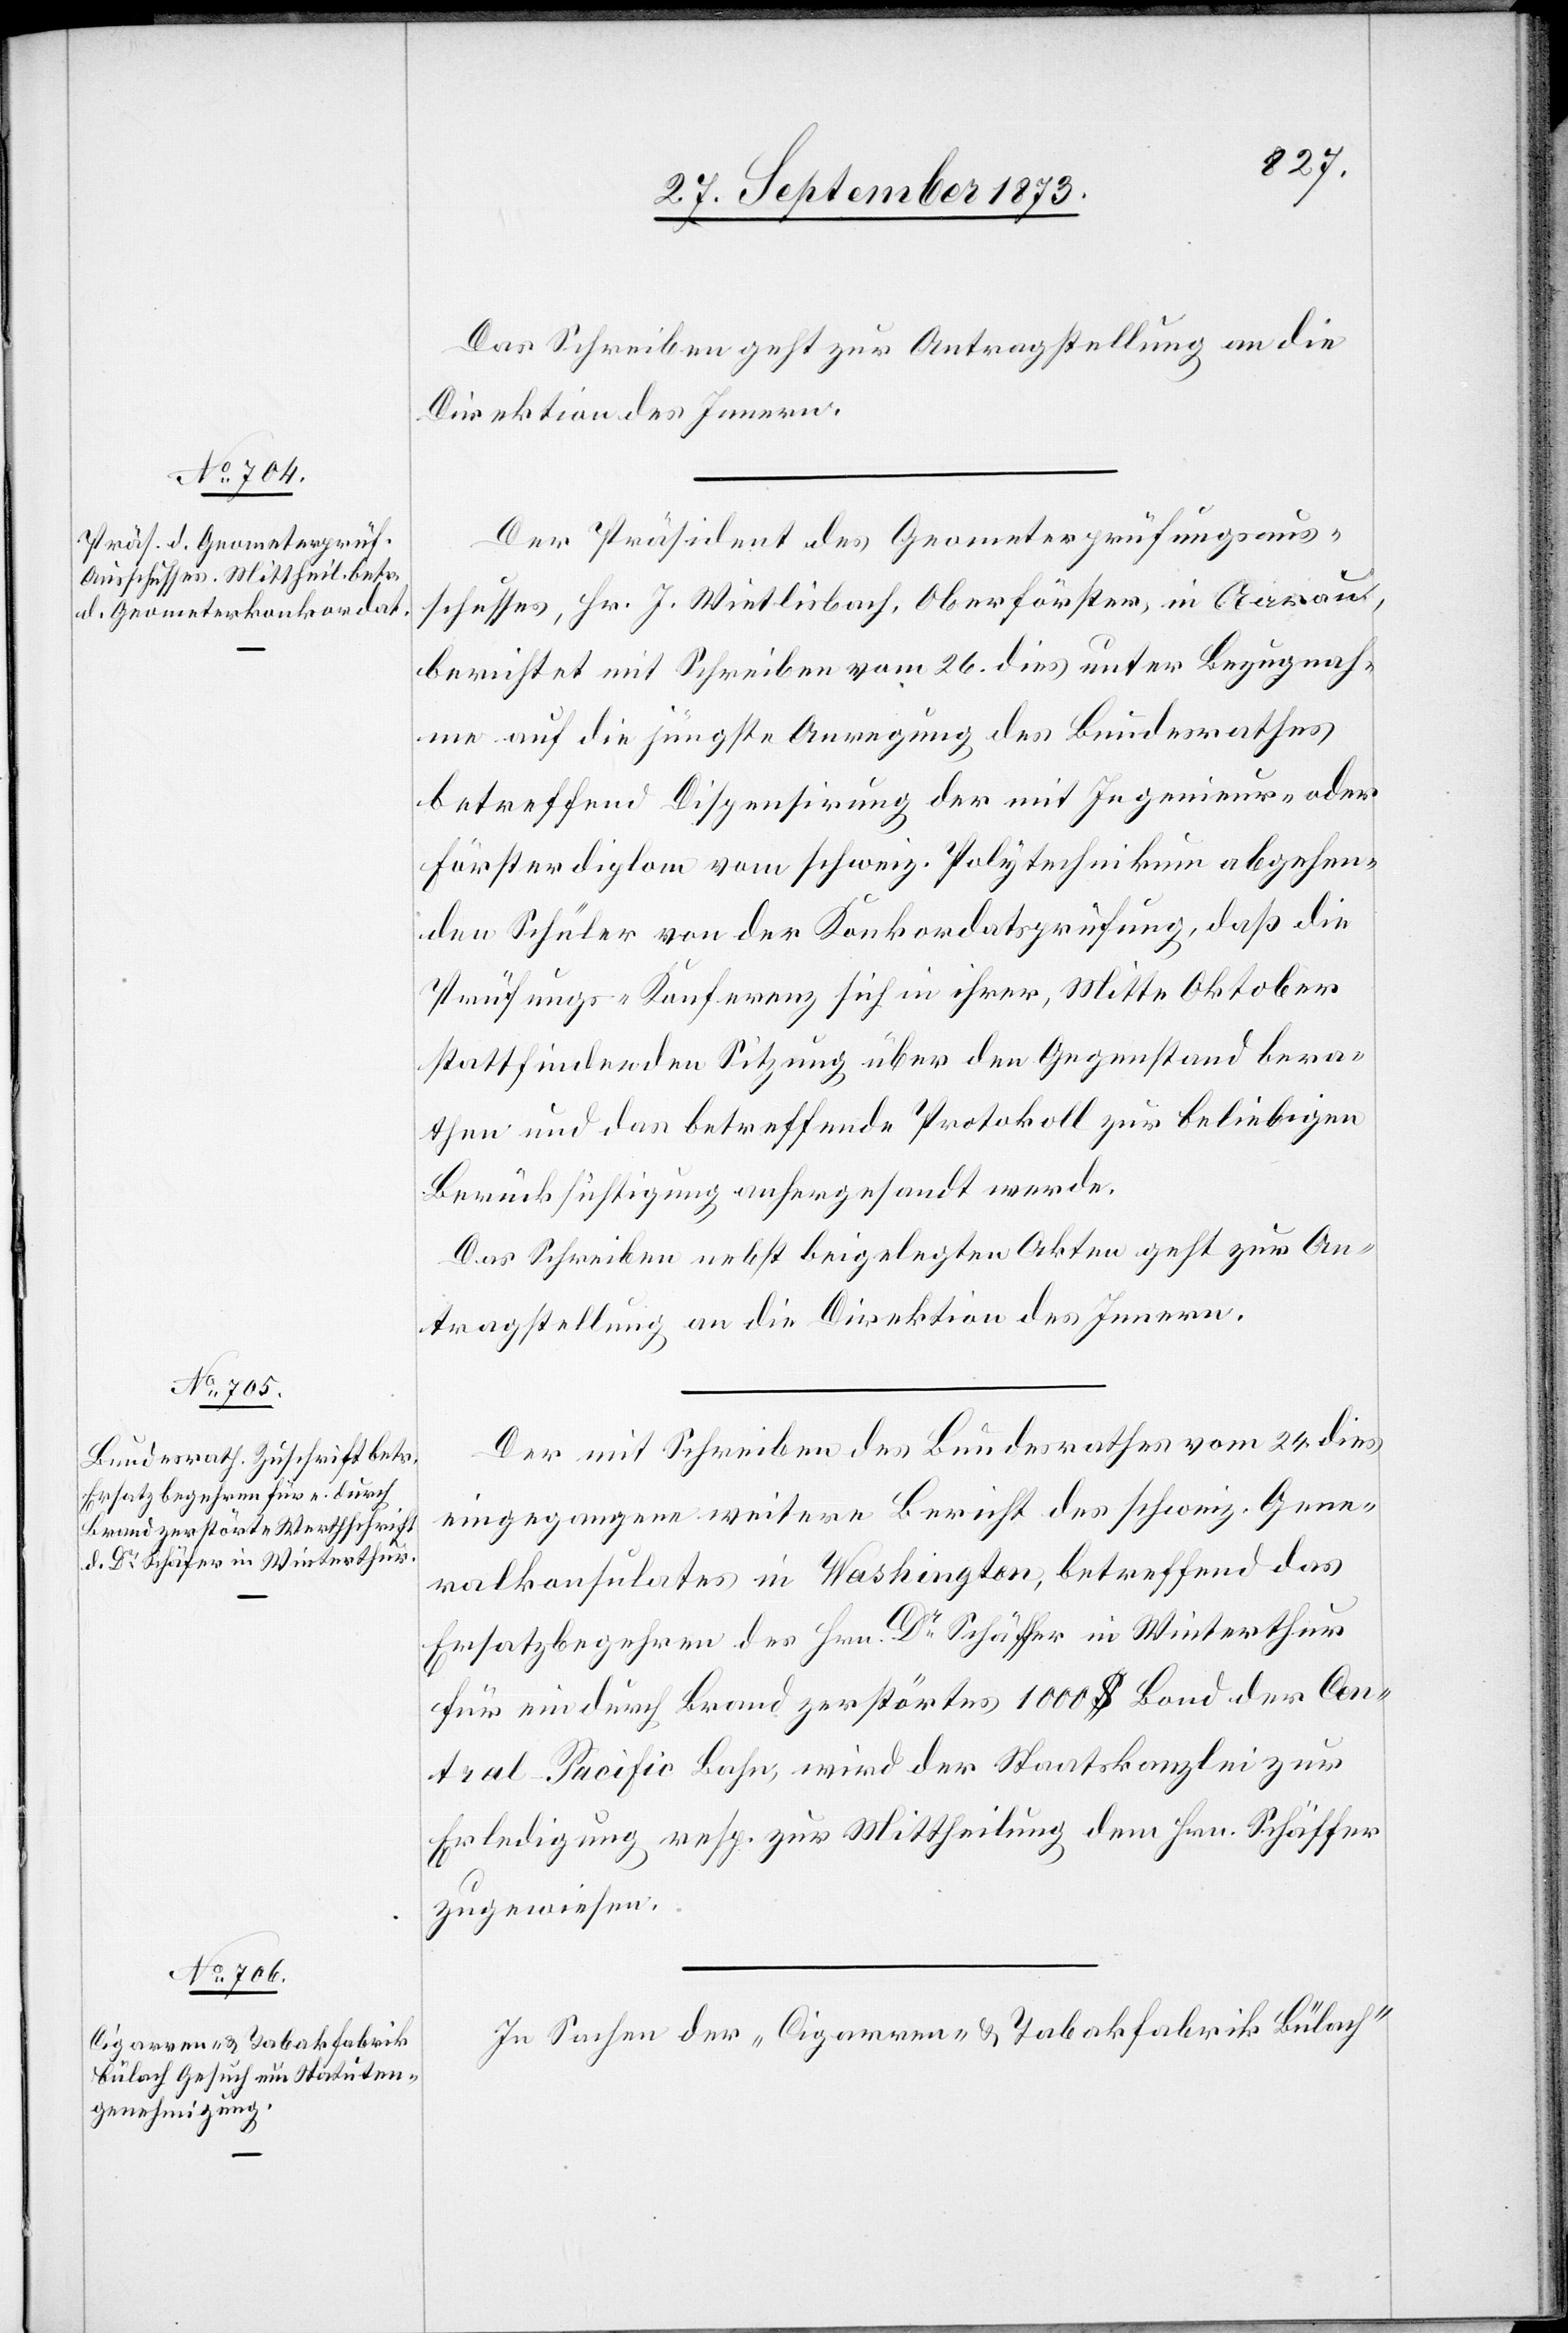
27. September 1873.]
Das Schreiben geht zur Antragstellung an die
Direktion des Innern.
Der Präsident des Geometerprüfungsaus¬
schusses, Hr. J. Wietlisbach, Oberförster, in Aarau,
berichtet mit Schreiben vom 26. dies unter Bezugnah¬
me auf die jüngste Anregung des Bundesrathes
betreffend Dispensirung der mit Ingenieur- oder
Försterdiplom vom schweiz. Polytechnikum abgehen¬
den Schüler von der Konkordatsprüfung, daß die
Prüfungs-Konferenz sich in ihrer, Mitte Oktober
stattfindenden Sitzung über den Gegenstand bera¬
then und das betreffende Protokoll zur beliebigen
Berücksichtigung anhergesandt werde.
Das Schreiben nebst beigelegten Akten geht zur An¬
tragstellung an die Direktion des Innern.
Der mit Schreiben des Bundesrathes vom 24. dies
eingegangene weitere Bericht des schweiz. Gene¬
ralkonsulates in Washington, betreffend das
Ersatzbegehren des Hrn. Dr Schäffer [sic!] in Winterthur
für ein durch Brand zerstörtes 1 000 $ Bond der Cen¬
tral-Pacific Bahn, wird der Staatskanzlei zur
Erledigung resp. zur Mittheilung dem Hrn. Schäffer
zugewiesen.
In Sachen der „Cigarren- & Tabakfabrik Bülach“